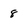
Character: 8